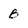
Character: B